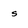
Character: s